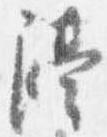
隔